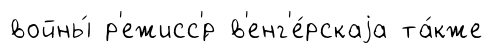
войны́ р'ежисс'́р в'енг'е́рскаjа та́кже